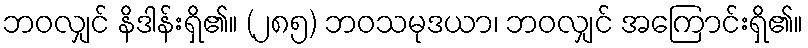
ဘဝလျှင် နိဒါန်းရှိ၏။ (၂၈၅) ဘဝသမုဒယာ၊ ဘဝလျှင် အကြောင်းရှိ၏။